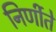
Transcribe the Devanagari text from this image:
निर्णीते